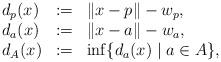
LaTeX: \begin{align*}\begin{array}[c]{lll}d_{p}(x) & := & \Vert x-p\Vert-w_{p},\\d_{a}(x) & := & \Vert x-a\Vert-w_{a},\\d_{A}(x) & := & \inf\{d_{a}(x)\mid a\in A\},\end{array}\end{align*}